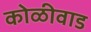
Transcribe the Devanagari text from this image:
कोळीवाड